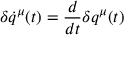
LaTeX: \delta \dot { q } ^ { \mu } ( t ) = \frac { d } { d t } \delta q ^ { \mu } ( t )